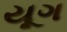
યૂગ